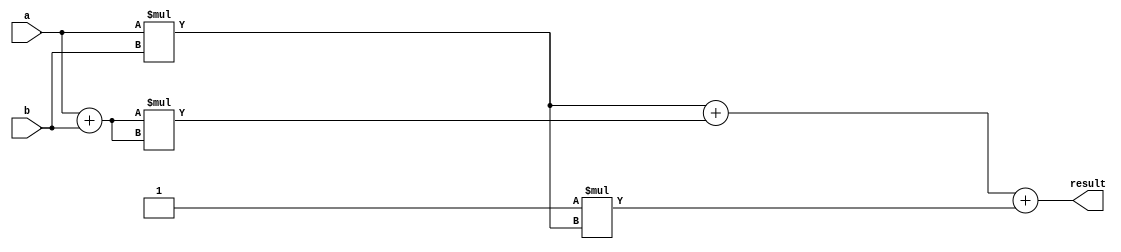
module baugh_wooley_multiplier (
    input signed [15:0] a,
    input signed [15:0] b,
    output reg signed [31:0] result
);

reg signed [31:0] partial_product[3:0];
reg signed [31:0] multiplier;

always @* begin
    partial_product[0] = a * b; // Full product
    partial_product[1] = (a + b) * (a + b); // Middle term
    partial_product[2] = -1 * partial_product[0]; // Final correction
    partial_product[3] = partial_product[0] + partial_product[1] + partial_product[2]; // Result
end

assign result = partial_product[3];

endmodule